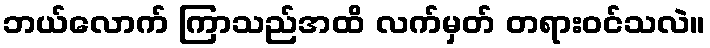
ဘယ်လောက် ကြာသည်အထိ လက်မှတ် တရားဝင်သလဲ။